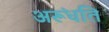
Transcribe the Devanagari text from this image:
अरूंधति